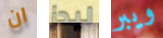
ان ليدز ويبر